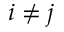
i \not = j